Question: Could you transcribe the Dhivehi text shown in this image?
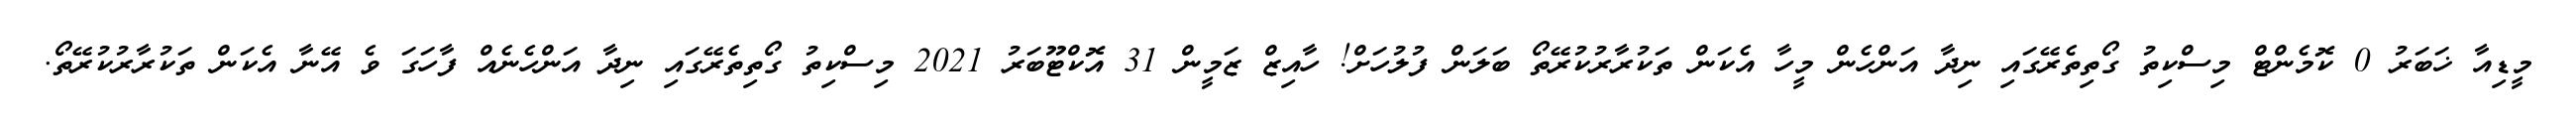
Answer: މީޑިއާ ޚަބަރު 0 ކޮމެންޓް މިސްކިތު ގޯތިތެރޭގައި ނިދާ އަންހެން މީހާ އެކަން ތަކުރާރުކުރޭތޯ ބަލަން ފުލުހަށް! ހާއިޒް ޒަމީން 31 އޮކްޓޫބަރު 2021 މިސްކިތު ގޯތިތެރޭގައި ނިދާ އަންހެނެއް ފާހަގަ ވެ އޭނާ އެކަން ތަކުރާރުކުރޭތޯ.